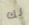
لك